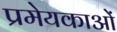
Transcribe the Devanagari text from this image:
प्रमेयकाओं